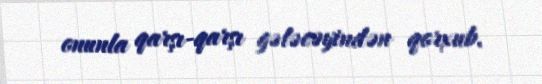
onunla qarşı-qarşı gələcəyindən qorxub.